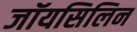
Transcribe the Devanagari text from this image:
जॉयसिलिन